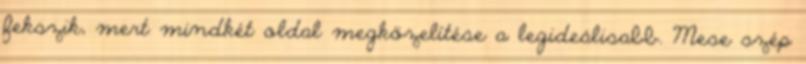
fekszik, mert mindkét oldal megközelítése a legideálisabb. Mese szép